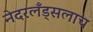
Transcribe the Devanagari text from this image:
नेदरलँड्सलाच